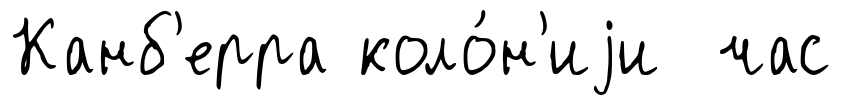
Канб'ерра коло́н'иjи час